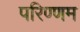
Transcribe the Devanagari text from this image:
परिण्णम